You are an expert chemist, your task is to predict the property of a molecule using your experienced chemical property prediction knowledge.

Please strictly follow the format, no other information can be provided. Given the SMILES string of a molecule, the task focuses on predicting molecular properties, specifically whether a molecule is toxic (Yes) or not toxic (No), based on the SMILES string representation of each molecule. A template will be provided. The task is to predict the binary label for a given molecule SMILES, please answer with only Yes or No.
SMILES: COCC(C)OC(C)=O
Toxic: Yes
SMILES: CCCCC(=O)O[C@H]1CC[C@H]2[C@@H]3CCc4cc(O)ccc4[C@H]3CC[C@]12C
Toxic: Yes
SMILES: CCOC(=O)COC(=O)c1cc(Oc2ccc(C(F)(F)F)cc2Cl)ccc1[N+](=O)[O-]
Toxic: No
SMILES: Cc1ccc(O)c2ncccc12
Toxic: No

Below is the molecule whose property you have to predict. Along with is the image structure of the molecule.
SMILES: CO[C@H]1C[C@H](O[C@@H]2C(C)=CC[C@@H]3C[C@@H](C[C@]4(CC[C@H](C)[C@@H](C5CCCCC5)O4)O3)OC(=O)[C@@H]3C=C(C)/C(=N/O)[C@H]4OCC(=CC=C[C@@H]2C)[C@@]34O)O[C@@H](C)[C@@H]1O
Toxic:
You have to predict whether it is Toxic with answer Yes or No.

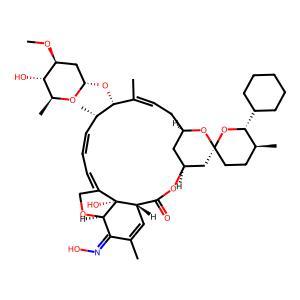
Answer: No